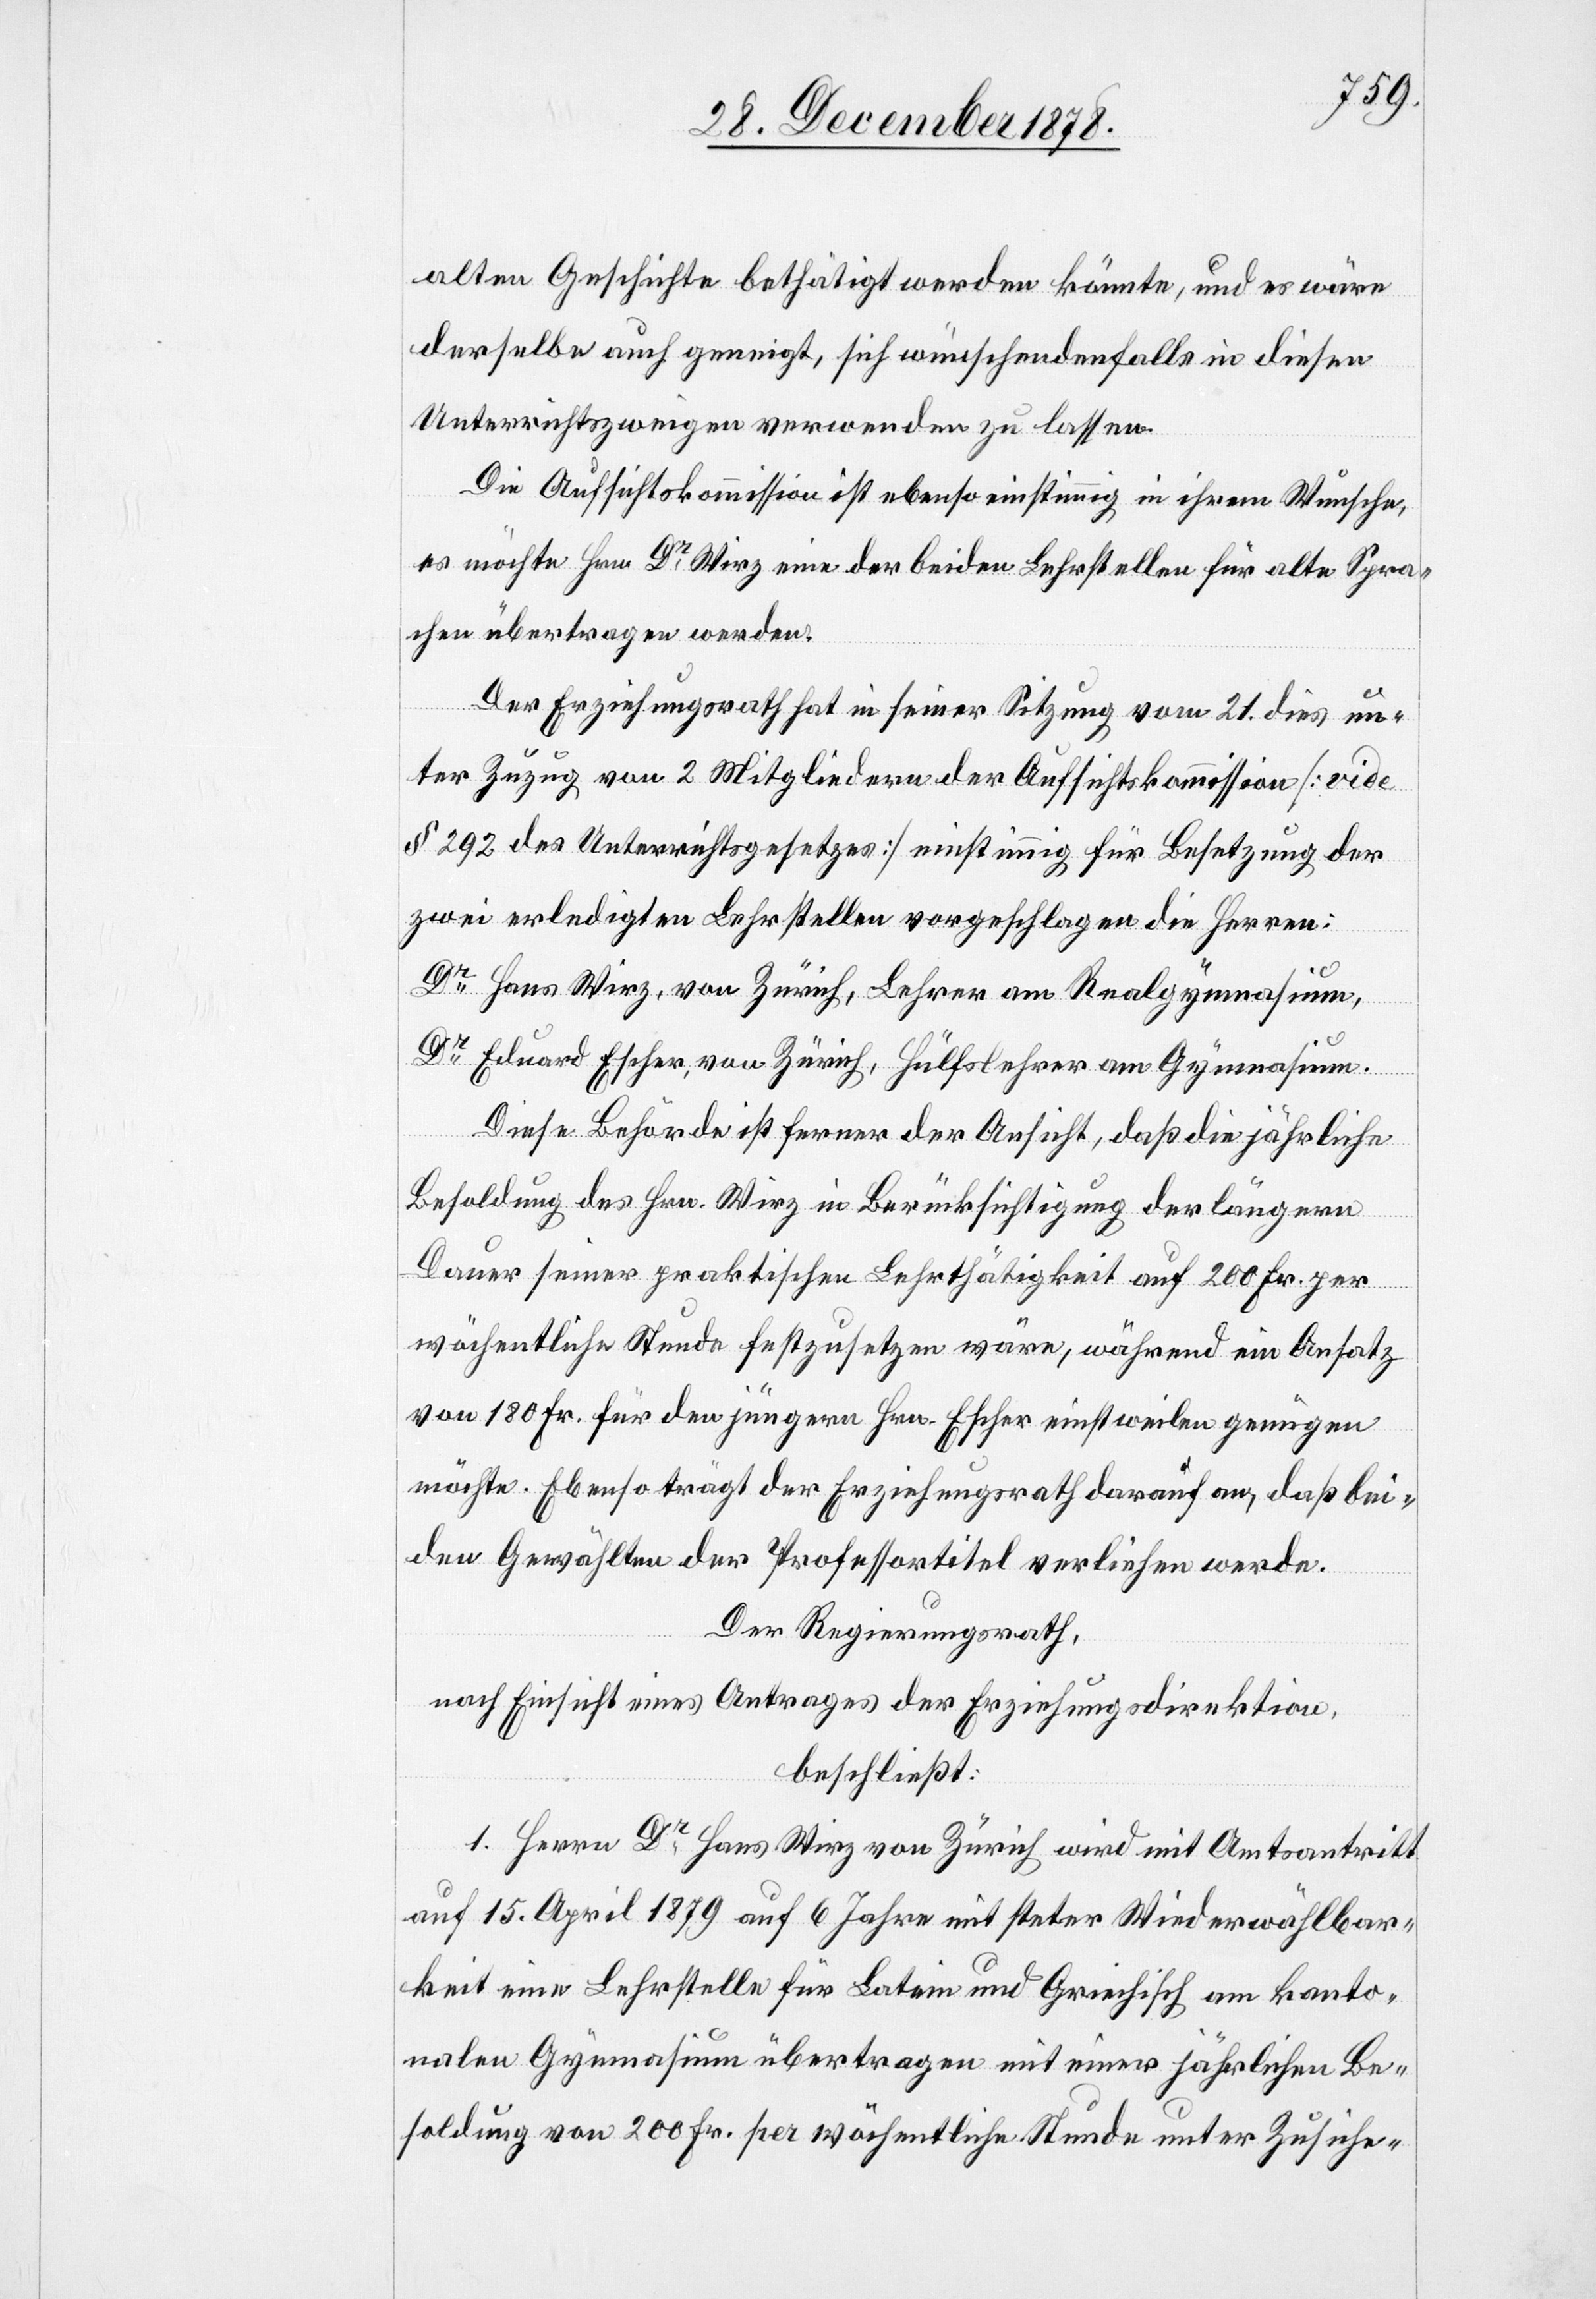
alten Geschichte bethätigt werden könnte, und es wäre
derselbe auch geneigt, sich wünschendenfalls in diesen
Unterrichtszweigen verwenden zu lassen.
Die Aufsichtskommission ist ebenso einstimmig in ihrem Wunsche,
es möchte Hrn. Dr Wirz eine der beiden Lehrstellen für alte Spra¬
chen übertragen werden.
Der Erziehungsrath hat in seiner Sitzung vom 21. dies un¬
ter Zuzug von 2 Mitgliedern der Aufsichtskommission [vide
§ 292 des Unterrichtsgesetzes] einstimmig für Besetzung der
zwei erledigten Lehrstellen vorgeschlagen die Herren:
Dr Hans Wirz, von Zürich, Lehrer am Realgymnasium,
Dr Eduard Escher, von Zürich, Hülfslehrer am Gymnasium.
Diese Behörde ist ferner der Ansicht, daß die jährliche
Besoldung des Hrn. Wirz in Berücksichtigung der längern
Dauer seiner praktischen Lehrthätigkeit auf 200 Fr. per
wöchentliche Stunde festzusetzen wäre, während ein Ansatz
von 180 Fr. für den jüngern Hrn. Escher einstweilen genügen
möchte. Ebenso trägt der Erziehungsrath darauf an, daß bei¬
den Gewählten der Professortitel verliehen werde.
Der Regierungsrath,
nach Einsicht eines Antrages der Erziehungsdirektion,
beschließt:
1. Herrn Dr Hans Wirz von Zürich wird mit Amtsantritt
auf 15. April 1879 auf 6 Jahre mit steter Wiederwählbar¬
keit eine Lehrstelle für Latein und Griechisch am kanto¬
nalen Gymnasium übertragen mit einer jährlichen Be¬
soldung von 200 Fr. per wöchentliche Stunde unter Zusiche-